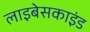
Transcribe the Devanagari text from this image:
लाइबेसकाइंड